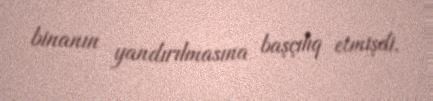
binanın yandırılmasına başçılıq etmişdi.